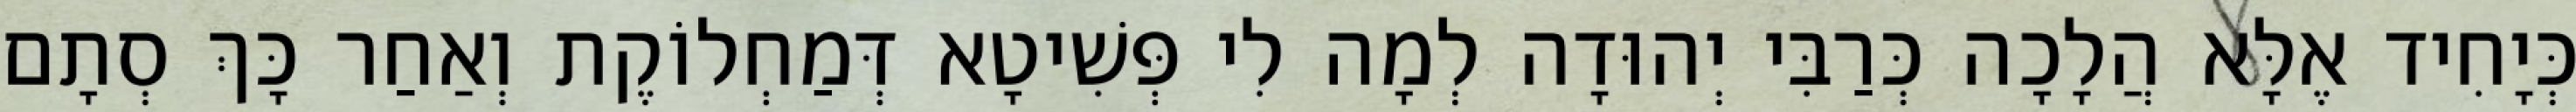
כְּיָחִיד אֶלָּא הֲלָכָה כְּרַבִּי יְהוּדָה לְמָה לִי פְּשִׁיטָא דְּמַחְלוֹקֶת וְאַחַר כָּךְ סְתָם